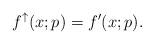
LaTeX: \begin{align*} f ^{\uparrow}(x;p) = f'(x;p).\end{align*}